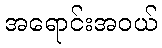
အရောင်းအဝယ်